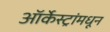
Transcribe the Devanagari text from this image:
ऑर्केस्ट्रांमधून